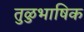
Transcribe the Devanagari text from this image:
तुळुभाषिक